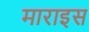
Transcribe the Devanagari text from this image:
माराइस